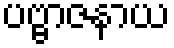
ပဗ္ဗာဇနာယ